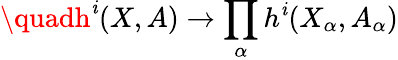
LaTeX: {}\quadh^{\mathit{i}}(X,A)\to\prod_{\alpha}h^{\mathit{i}}(X_{\alpha},A_{\alpha})